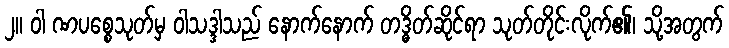
၂။ ဝါ ဏပစ္စေသုတ်မှ ဝါသဒ္ဒါသည် နောက်နောက် တဒ္ဓိတ်ဆိုင်ရာ သုတ်တိုင်းလိုက်၏၊ သို့အတွက်